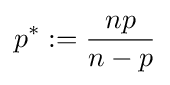
p^{*}:={\frac {np}{n-p}}